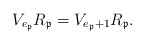
\begin{align*}V_{e_{\mathfrak{p}}} R_{\mathfrak{p}}=V_{e_{\mathfrak{p}}+1} R_{\mathfrak{p}}.\end{align*}